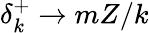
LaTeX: \delta_{k}^{+}\to mZ/k